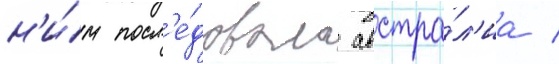
н'и́м посл'е́довала австра́л'иа /